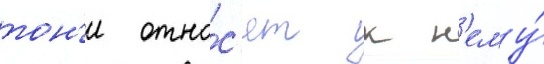
тон'и отно́с'ят к н'ему́